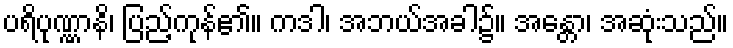
ပရိပုဏ္ဏာနိ၊ ပြည့်ကုန်၏။ ကဒါ၊ အဘယ်အခါ၌။ အန္တော၊ အဆုံးသည်။